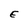
Character: E